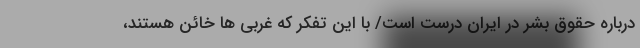
درباره حقوق بشر در ایران درست است/ با این تفکر که غربی ها خائن هستند،